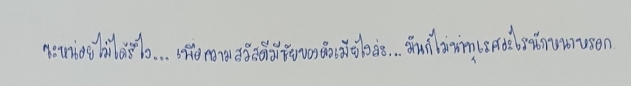
ซะหน่อยไม่ได้รึไง...เพื่อความสวัสดีมีชัยของผัวเมียไงล่ะ...มันก็ไม่น่าทุเรศอะไรหนักหนาหรอก